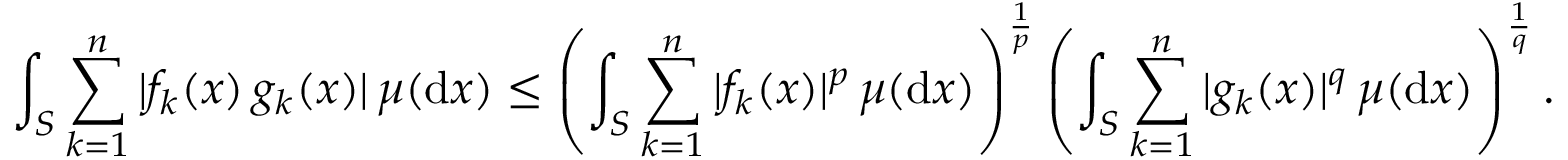
\int _ { S } \sum _ { k = 1 } ^ { n } | f _ { k } ( x ) \, g _ { k } ( x ) | \, \mu ( \mathrm { d } x ) \leq \left( \int _ { S } \sum _ { k = 1 } ^ { n } | f _ { k } ( x ) | ^ { p } \, \mu ( \mathrm { d } x ) \right) ^ { \frac { 1 } { p } } \left( \int _ { S } \sum _ { k = 1 } ^ { n } | g _ { k } ( x ) | ^ { q } \, \mu ( \mathrm { d } x ) \right) ^ { \frac { 1 } { q } } .